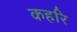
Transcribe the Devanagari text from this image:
कहरि